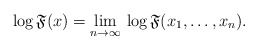
\begin{align*}\log\mathfrak{F}(x)=\lim_{n\to\infty}\,\log\mathfrak{F}(x_{1},\ldots,x_{n}).\end{align*}